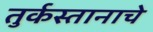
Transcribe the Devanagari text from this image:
तुर्कस्तानाचे